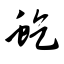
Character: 虼